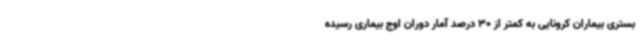
بستری بیماران کرونایی به کمتر از 30 درصد آمار دوران اوج بیماری رسیده